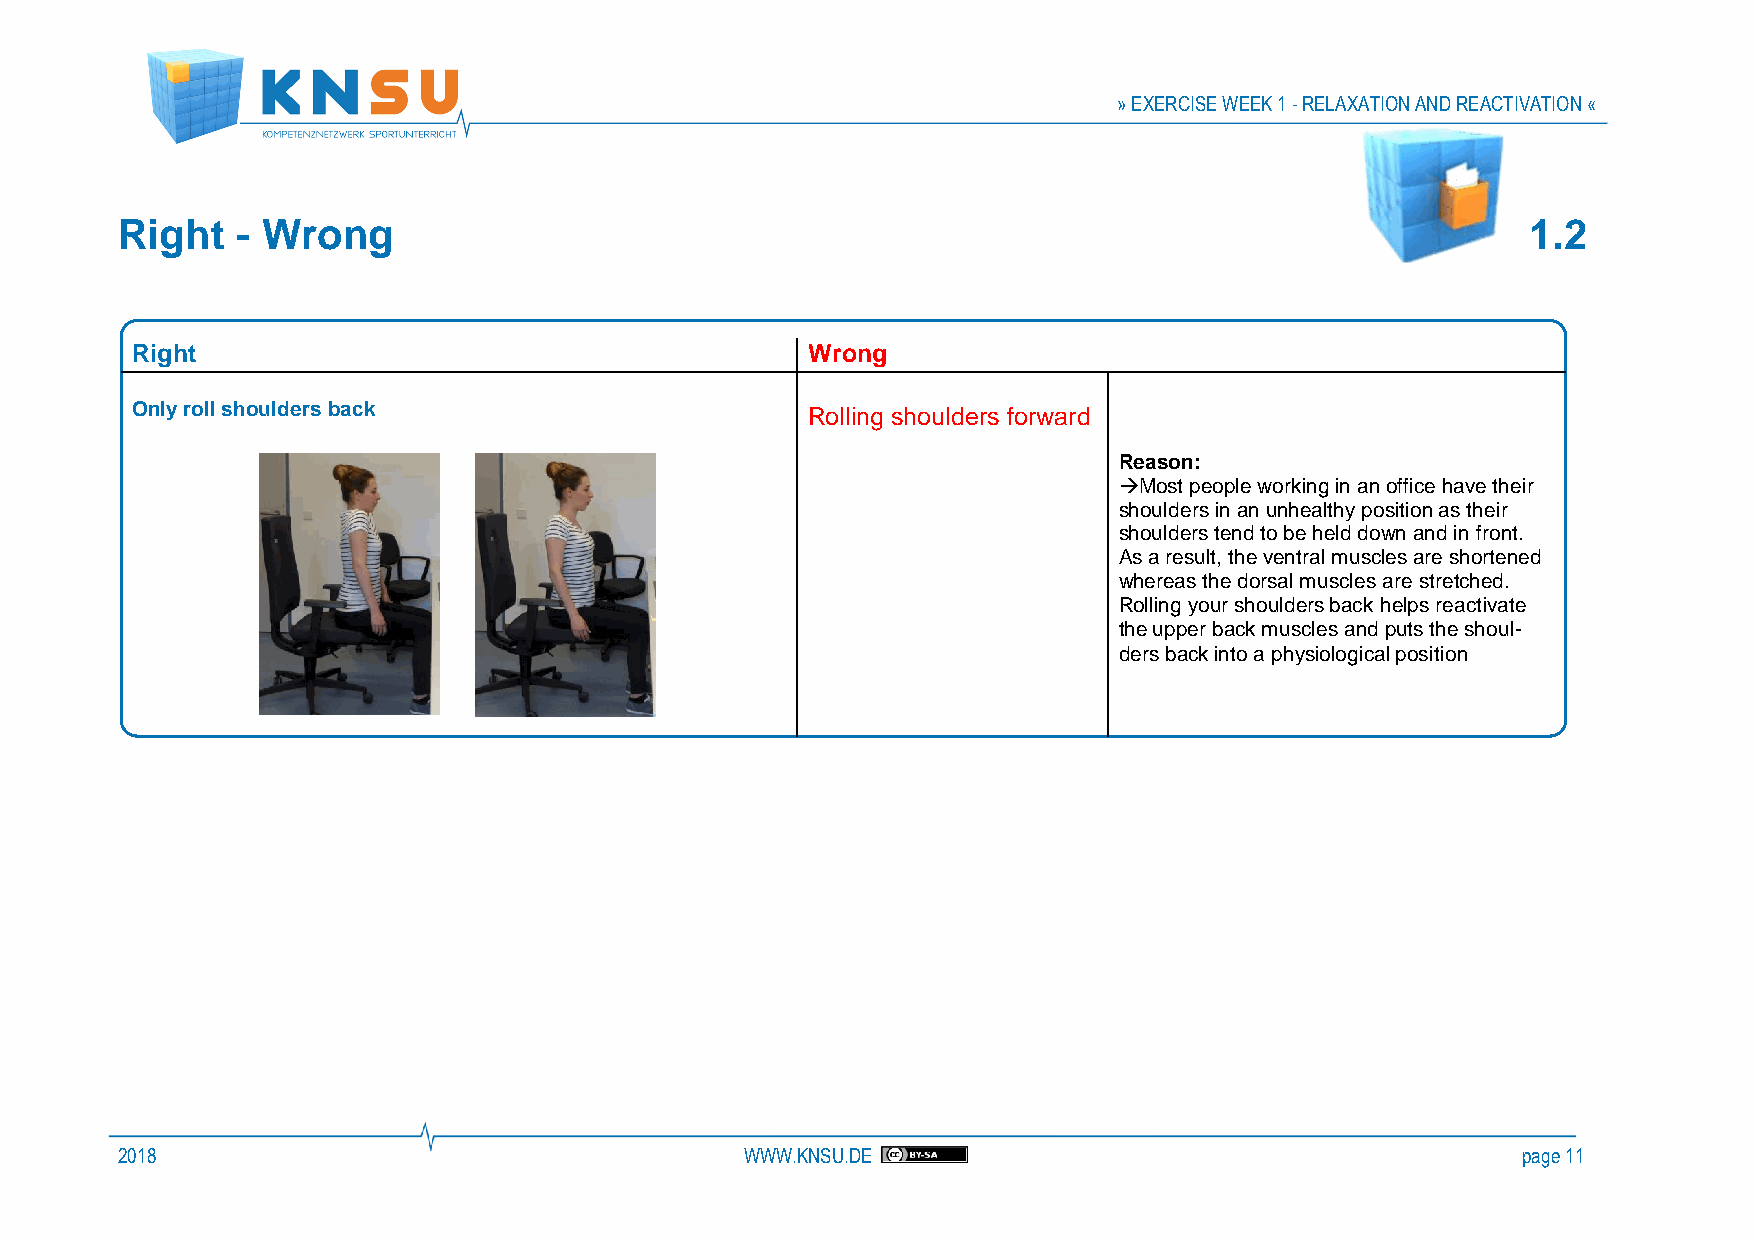
» EXERCISE WEEK 1 - RELAXATION AND REACTIVATION «
 Right   - Wrong                                                                              1.2
 Right                                       Wrong
 Only roll shoulders back                    Rolling shoulders forward
 Reason:
 →Most people working in an office have their
 shoulders in an unhealthy position as their
 shoulders tend to be held down and in front.
 As a result, the ventral muscles are shortened
 whereas the dorsal muscles are stretched.
 Rolling your shoulders back helps reactivate
 the upper back muscles and puts the shoul-
 ders back into a physiological position
 2018                                     WWW.KNSU.DE                                         page 11